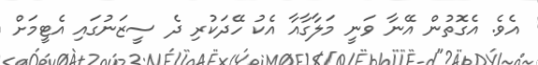
އެވެ. އެގޮތުން އޭނާ ވަނީ މަލާގާއާ އެކު ހޭދަކުރި ދެ ސީޒަނުގައި އެޓީމަށް